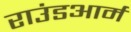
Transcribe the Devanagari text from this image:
राउंडआर्म